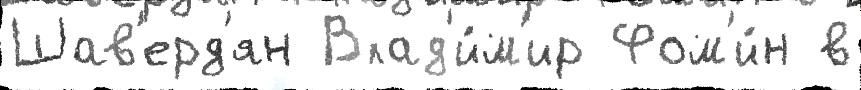
Шав'ерд'ян Влад'и́м'ир Фом'и́н в